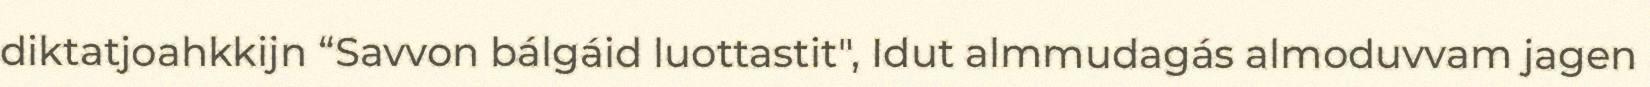
diktatjoahkkijn “Savvon bálgáid luottastit", Idut almmudagás almoduvvam jagen